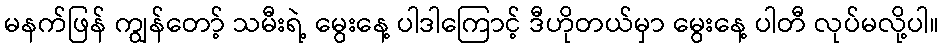
မနက်ဖြန် ကျွန်တော့် သမီးရဲ့ မွေးနေ့ ပါဒါကြောင့် ဒီဟိုတယ်မှာ မွေးနေ့ ပါတီ လုပ်မလို့ပါ။